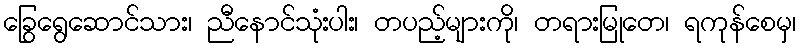
ခြွေရွေဆောင်သား၊ ညီနောင်သုံးပါး၊ တပည့်များကို၊ တရားမြုတေ၊ ရကုန်စေမှ၊